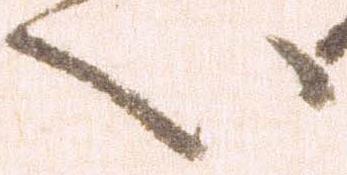
い